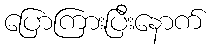
ပြောကြားပြီးနောက်